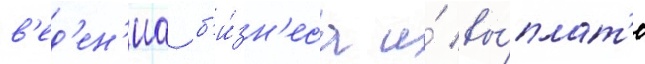
в'ед'ен'иа б'и́зн'еса и́ вы́плат'е